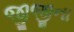
જીજીના